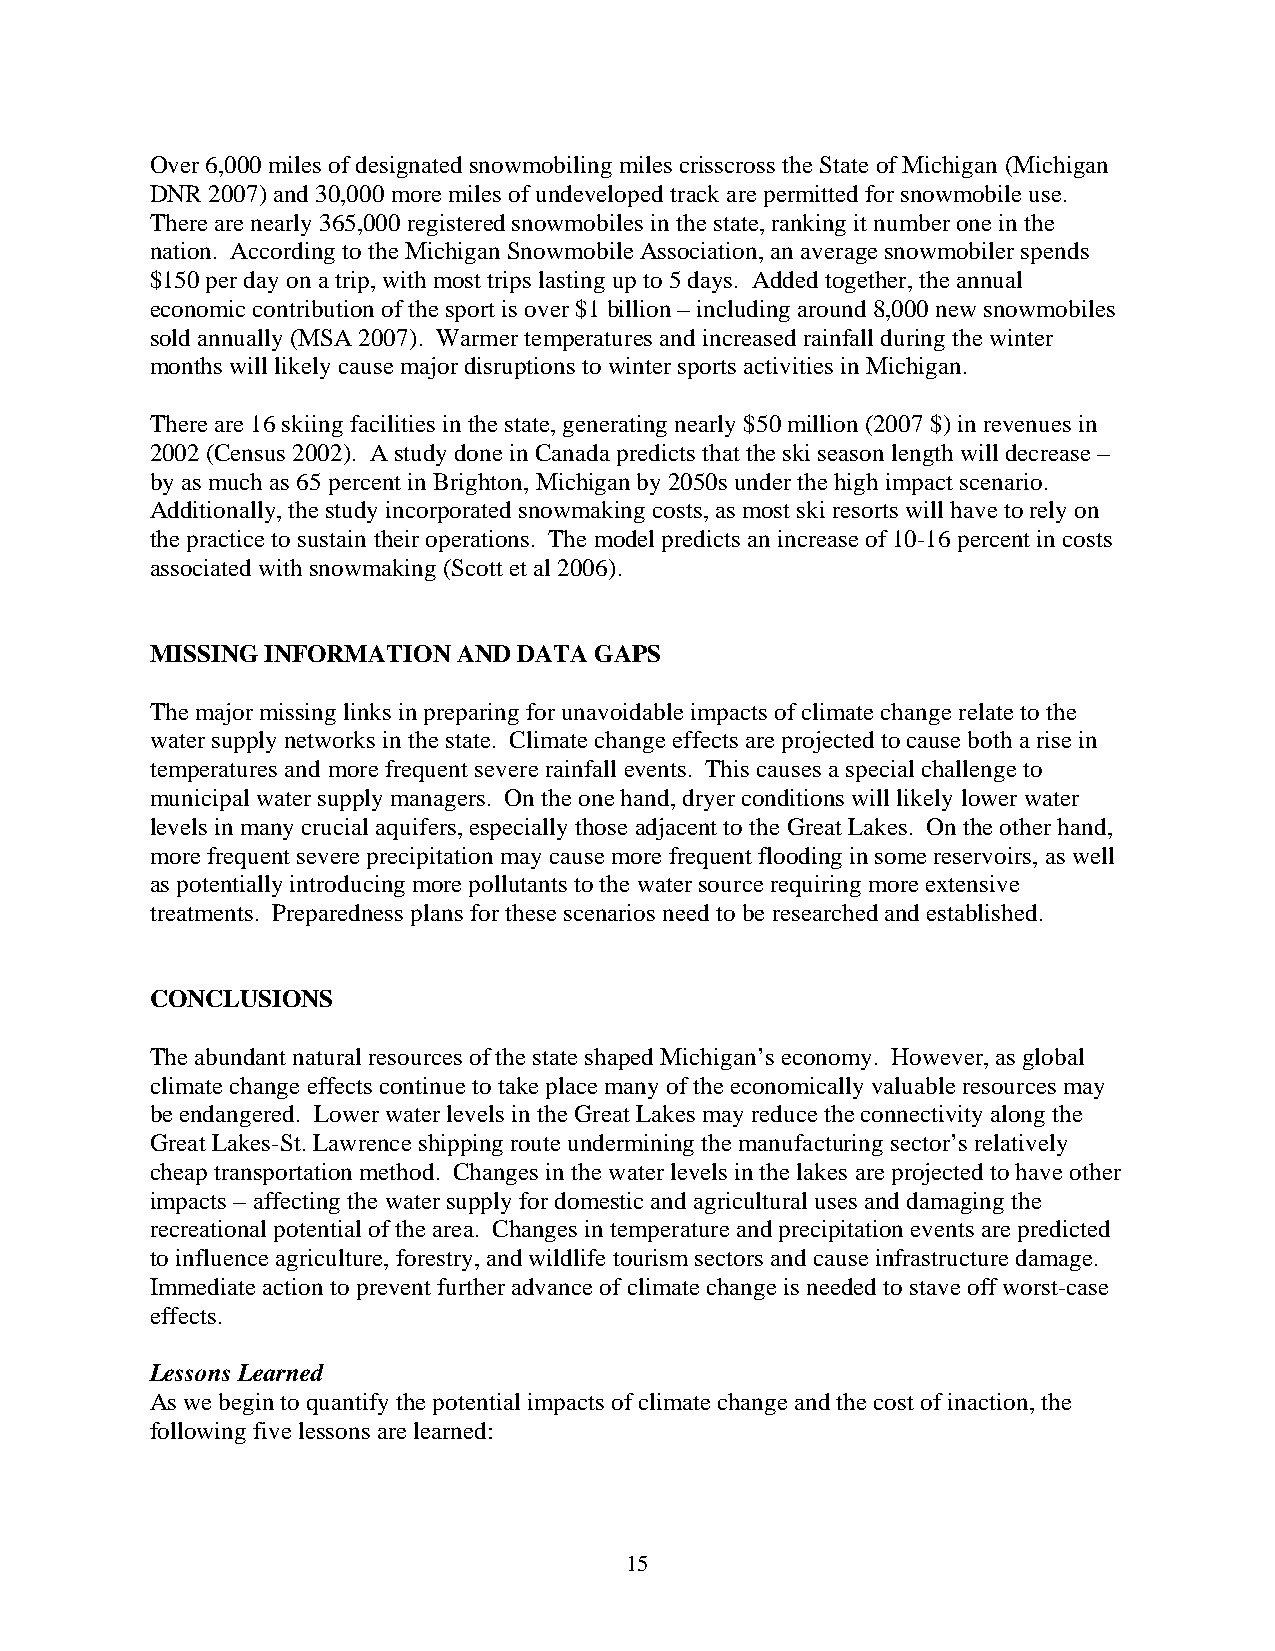
Over 6,000 miles of designated snowmobiling miles crisscross the State of Michigan (Michigan
 DNR 2007) and 30,000 more miles of undeveloped track are permitted for snowmobile use.
 There are nearly 365,000 registered snowmobiles in the state, ranking it number one in the
 nation. According to the Michigan Snowmobile Association, an average snowmobiler spends
 $150 per day on a trip, with most trips lasting up to 5 days. Added together, the annual
 economic contribution of the sport is over $1 billion – including around 8,000 new snowmobiles
 sold annually (MSA 2007). Warmer temperatures and increased rainfall during the winter
 months will likely cause major disruptions to winter sports activities in Michigan.
 There are 16 skiing facilities in the state, generating nearly $50 million (2007 $) in revenues in
 2002 (Census 2002). A study done in Canada predicts that the ski season length will decrease –
 by as much as 65 percent in Brighton, Michigan by 2050s under the high impact scenario.
 Additionally, the study incorporated snowmaking costs, as most ski resorts will have to rely on
 the practice to sustain their operations. The model predicts an increase of 10-16 percent in costs
 associated with snowmaking (Scott et al 2006).
 MISSING INFORMATION AND DATA GAPS
 The major missing links in preparing for unavoidable impacts of climate change relate to the
 water supply networks in the state. Climate change effects are projected to cause both a rise in
 temperatures and more frequent severe rainfall events. This causes a special challenge to
 municipal water supply managers. On the one hand, dryer conditions will likely lower water
 levels in many crucial aquifers, especially those adjacent to the Great Lakes. On the other hand,
 more frequent severe precipitation may cause more frequent flooding in some reservoirs, as well
 as potentially introducing more pollutants to the water source requiring more extensive
 treatments. Preparedness plans for these scenarios need to be researched and established.
 CONCLUSIONS
 The abundant natural resources of the state shaped Michigan’s economy. However, as global
 climate change effects continue to take place many of the economically valuable resources may
 be endangered. Lower water levels in the Great Lakes may reduce the connectivity along the
 Great Lakes-St. Lawrence shipping route undermining the manufacturing sector’s relatively
 cheap transportation method. Changes in the water levels in the lakes are projected to have other
 impacts – affecting the water supply for domestic and agricultural uses and damaging the
 recreational potential of the area. Changes in temperature and precipitation events are predicted
 to influence agriculture, forestry, and wildlife tourism sectors and cause infrastructure damage.
 Immediate action to prevent further advance of climate change is needed to stave off worst-case
 effects.
 Lessons Learned
 As we begin to quantify the potential impacts of climate change and the cost of inaction, the
 following five lessons are learned:
 15